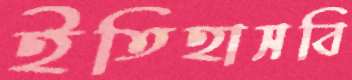
ইতিহাসবি